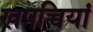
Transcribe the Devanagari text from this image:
खपच्चियां